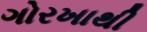
ગોરખાથી